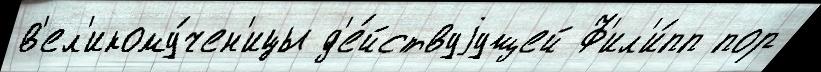
в'ел'икому́чен'ицы д'е́йствуjущей Ф'ил'и́пп пор